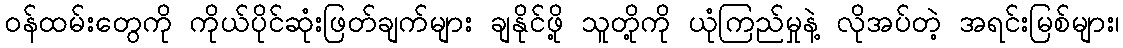
ဝန်ထမ်းတွေကို ကိုယ်ပိုင်ဆုံးဖြတ်ချက်များ ချနိုင်ဖို့ သူတို့ကို ယုံကြည်မှုနဲ့ လိုအပ်တဲ့ အရင်းမြစ်များ၊